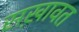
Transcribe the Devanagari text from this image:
सख़ावत